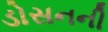
ડોસનની